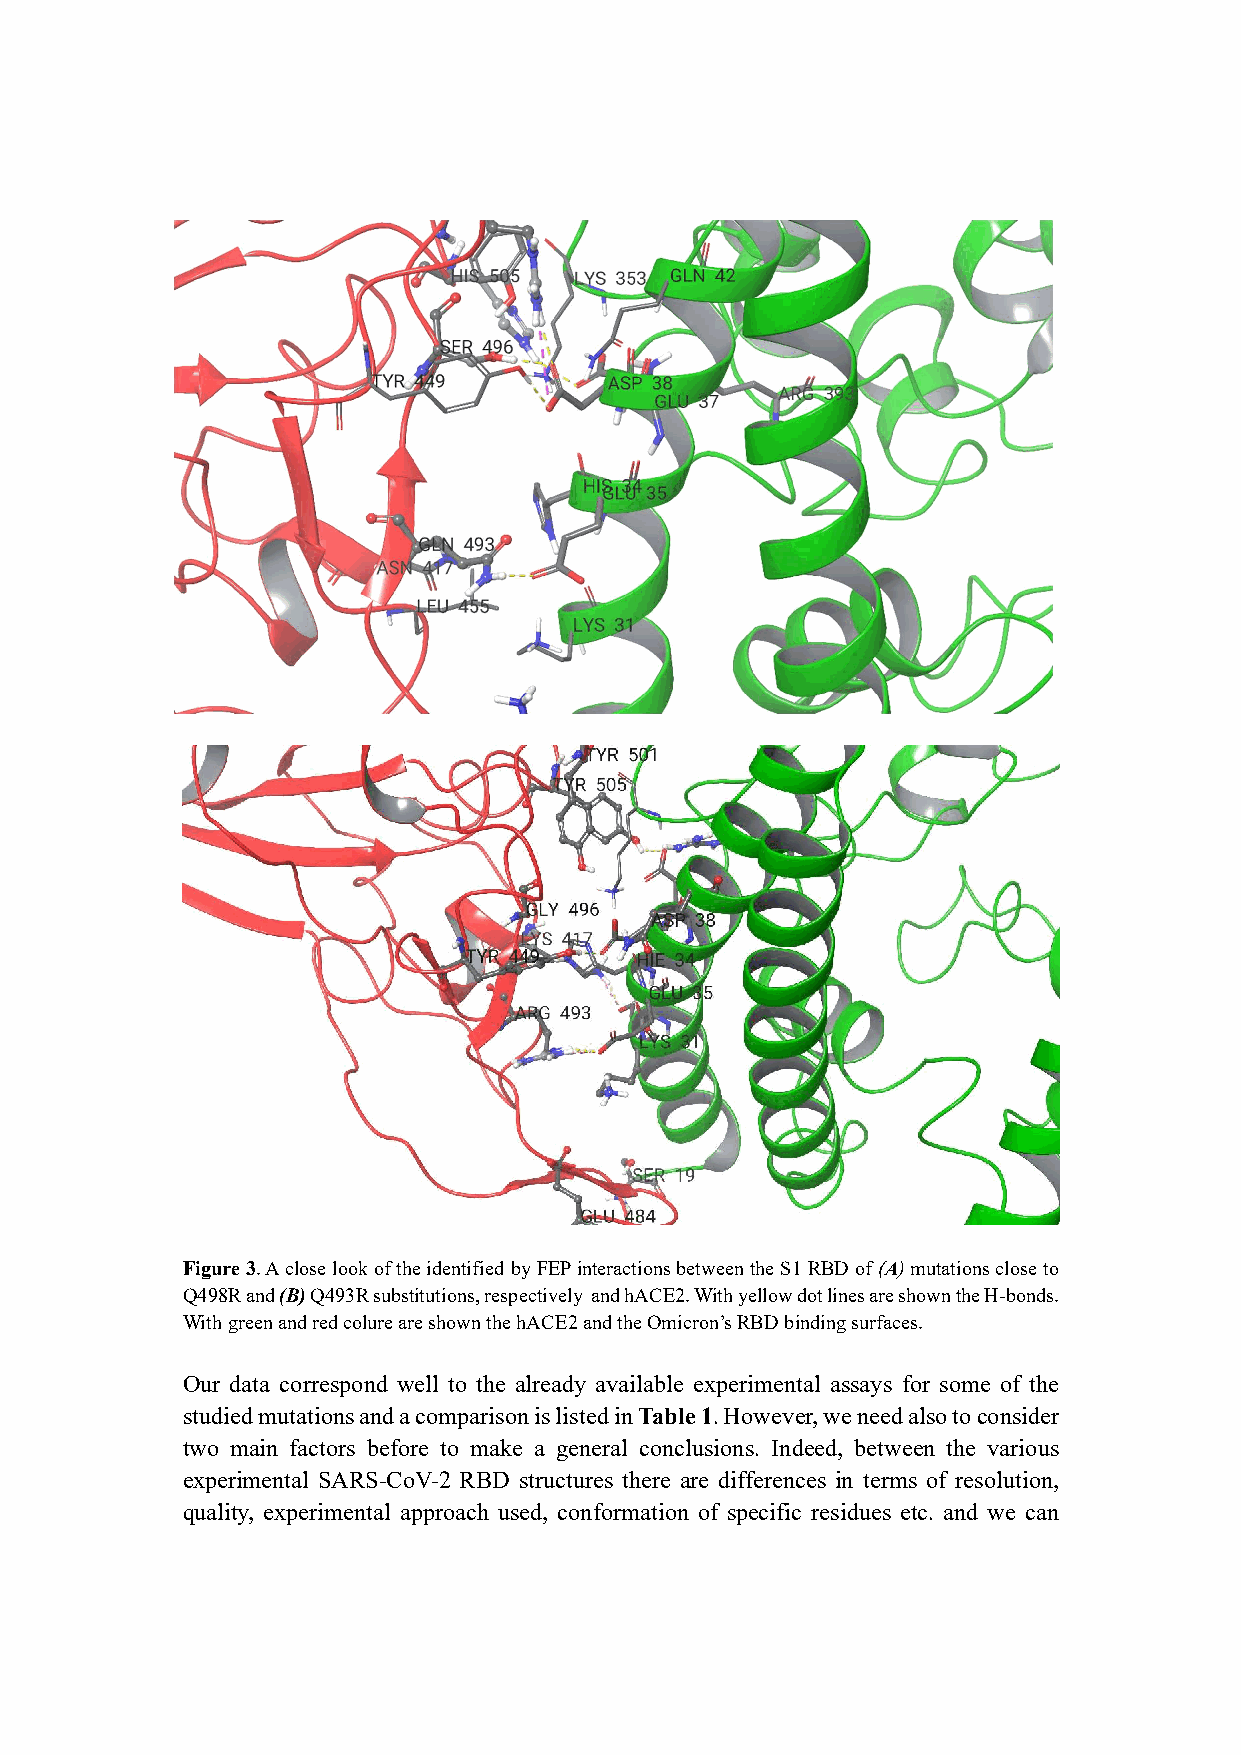
Figure 3. A close look of the identified by FEP interactions between the S1 RBD of (A) mutations close to
 Q498R and (B) Q493R substitutions, respectively and hACE2. With yellow dot lines are shown the H-bonds.
 With green and red colure are shown the hACE2 and the Omicron’s RBD binding surfaces.
 Our data correspond well to the already available experimental assays for some of the
 studied mutations and a comparison is listed in Table 1. However, we need also to consider
 two main factors before to make a general conclusions. Indeed, between the various
 experimental SARS-CoV-2 RBD structures there are differences in terms of resolution,
 quality, experimental approach used, conformation of specific residues etc. and we can